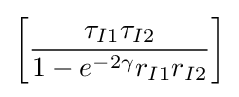
\left[{\frac {\tau _{I1}\tau _{I2}}{1-e^{-2\gamma }r_{I1}r_{I2}}}\right]